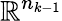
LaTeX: \mathbb{R}^{n_{k-1}}